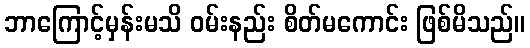
ဘာကြောင့်မှန်းမသိ ဝမ်းနည်း စိတ်မကောင်း ဖြစ်မိသည်။